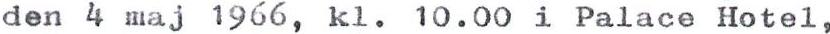
den 4 maj 1966, kl. 10.00 i Palace Hotel,